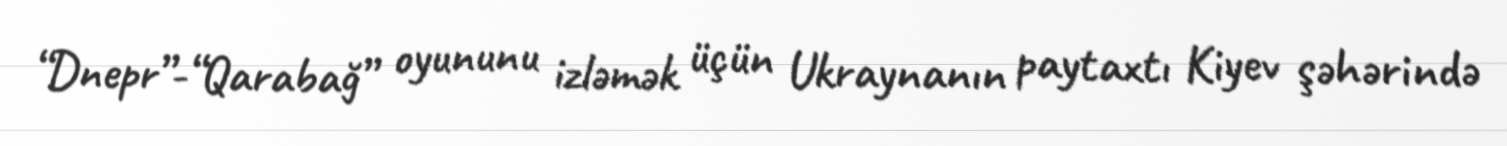
“Dnepr”-“Qarabağ” oyununu izləmək üçün Ukraynanın paytaxtı Kiyev şəhərində